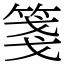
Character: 箋